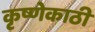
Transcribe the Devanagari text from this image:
कृष्णेकाठी